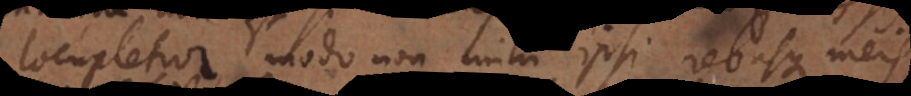
locupletior, modo non mihi ipsi rebusque meis